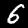
Digit: 6